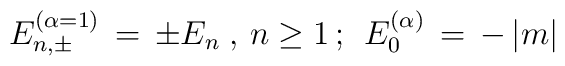
E^{(\alpha=1)}_{n,\pm} \, = \, \pm E_n \; , \, n \geq 1 \, ; \;  \, E^{(\alpha)}_{0}\, = \, - \, |m|